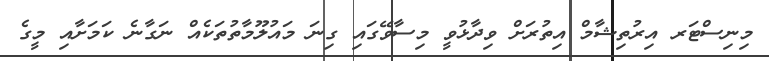
މިނިސްޓަރ އިރުތިޝާމް އިތުރަށް ވިދާޅުވީ މިސާވޭގައި ގިނަ މައުލޫމާތުތަކެއް ނަގާނެ ކަމަށާއި މީގެ